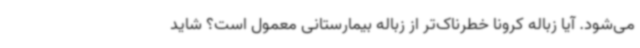
می‌شود. آیا زباله کرونا خطرناک‌تر از زباله بیمارستانی معمول است؟ شاید